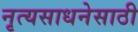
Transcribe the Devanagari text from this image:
नृत्यसाधनेसाठी